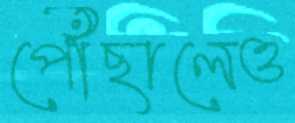
পৌঁছালেও